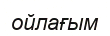
ойлағым